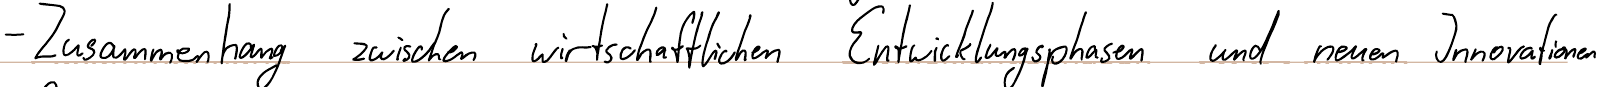
- Zusammenhang zwischen wirtschaftlichen Entwicklungsphasen und neuen Innovationen